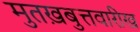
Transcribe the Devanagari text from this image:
मुतख़बुत्तवारीख